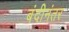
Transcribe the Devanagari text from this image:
बंदीनंतर